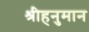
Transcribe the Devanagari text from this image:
श्रीहनुमान